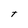
Character: t